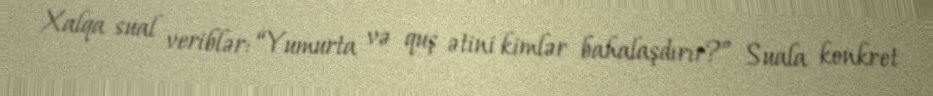
Xalqa sual veriblər: “Yumurta və quş ətini kimlər bahalaşdırır?” Suala konkret